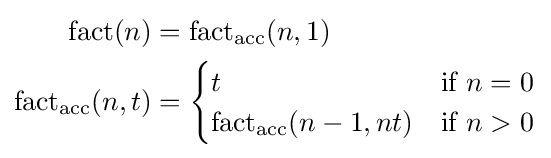
{\begin{aligned}\operatorname {fact} (n)&=\operatorname {fact_{acc}} (n,1)\\\operatorname {fact_{acc}} (n,t)&={\begin{cases}t&{\mbox{if }}n=0\\\operatorname {fact_{acc}} (n-1,nt)&{\mbox{if }}n>0\\\end{cases}}\end{aligned}}